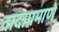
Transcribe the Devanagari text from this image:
वादाप्रमाणें